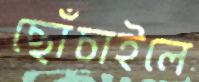
ছোঁচাইলে